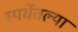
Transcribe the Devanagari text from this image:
स्पर्धेतल्या